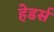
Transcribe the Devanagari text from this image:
हेडर्स